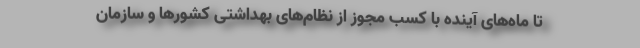
تا ماه‌های آینده با کسب مجوز از نظام‌های بهداشتی کشورها و سازمان